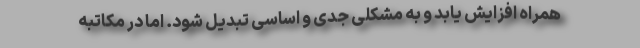
همراه افزایش یابد و به مشکلی جدی و اساسی تبدیل شود. اما در مکاتبه